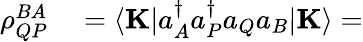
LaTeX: \begin{array}{rl}{\rho_{QP}^{BA}}&{{}=\langle\mathbf{K}|a_{A}^{\dagger}a_{P}^{\dagger}a_{Q}a_{B}|\mathbf{K}\rangle=}\end{array}